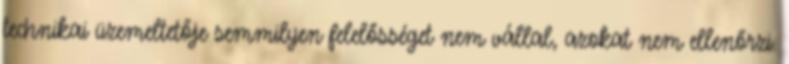
technikai üzemeltetője semmilyen felelősséget nem vállal, azokat nem ellenőrzi.